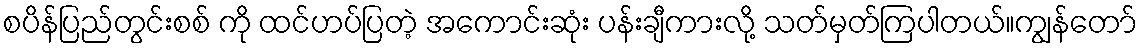
စပိန်ပြည်တွင်းစစ် ကို ထင်ဟပ်ပြတဲ့ အကောင်းဆုံး ပန်းချီကားလို့ သတ်မှတ်ကြပါတယ်။ကျွန်တော်